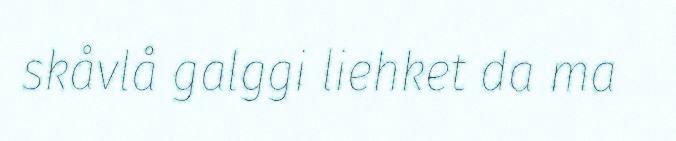
skåvlå galggi liehket da ma